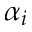
\alpha _ { i }